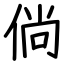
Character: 倘